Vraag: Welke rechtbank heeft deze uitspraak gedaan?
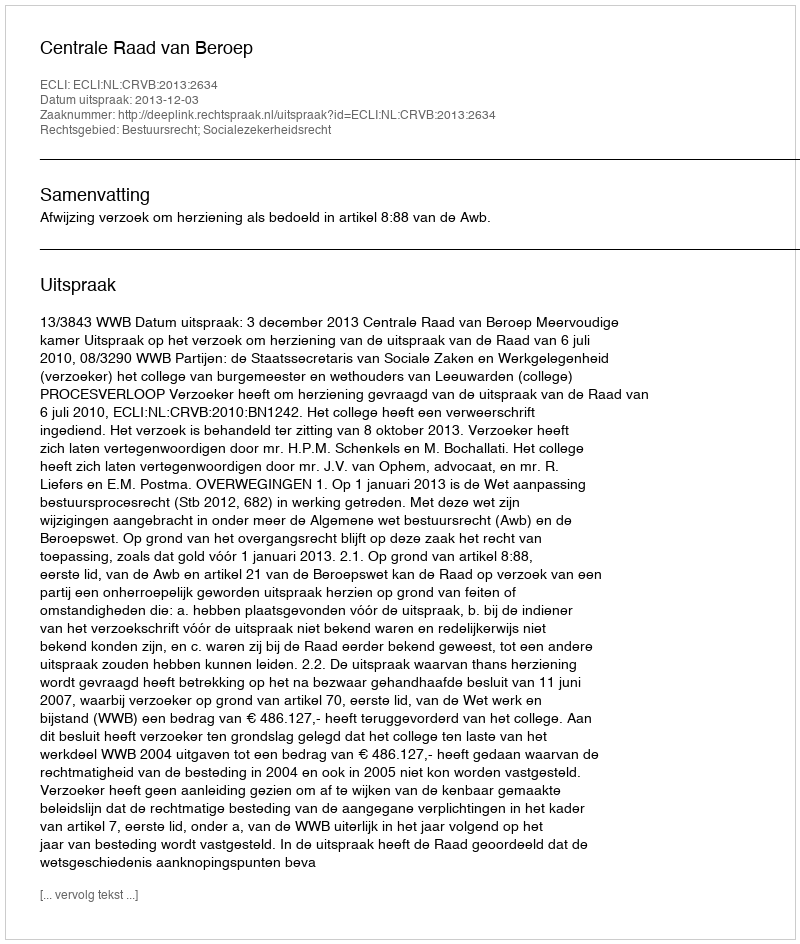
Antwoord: Centrale Raad van Beroep